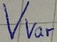
Text: Vvar